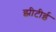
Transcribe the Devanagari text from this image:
झीटीई